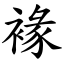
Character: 褖